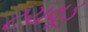
ટચવૂડ